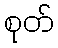
စုတ်